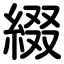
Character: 綴